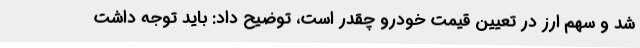
شد و سهم ارز در تعیین قیمت خودرو چقدر است، توضیح داد: باید توجه داشت